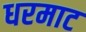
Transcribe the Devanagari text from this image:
धरमाट